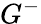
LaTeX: G^{-}